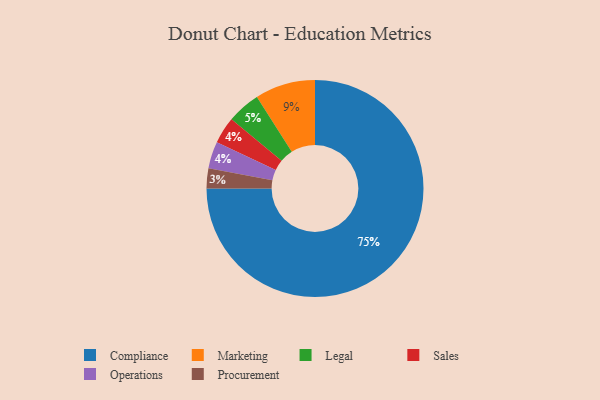
{"axis": {"x": "Category", "y": "Percentage"}, "legend": ["Compliance", "Legal", "Marketing", "Operations", "Procurement", "Sales"], "data": [{"x": "Compliance", "y": 75, "type": "Compliance"}, {"x": "Sales", "y": 4, "type": "Sales"}, {"x": "Marketing", "y": 9, "type": "Marketing"}, {"x": "Procurement", "y": 3, "type": "Procurement"}, {"x": "Legal", "y": 5, "type": "Legal"}, {"x": "Operations", "y": 4, "type": "Operations"}]}